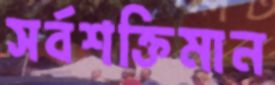
সর্বশক্তিমান